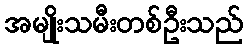
အမျိုးသမီးတစ်ဦးသည်